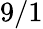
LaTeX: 9/1